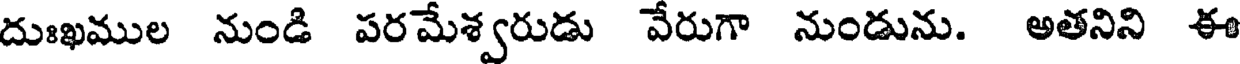
దుఃఖముల నుండి పరమేశ్వరుడు వేరుగా నుండును. అతనిని ఈ